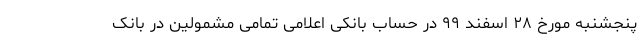
پنجشنبه مورخ ۲۸ اسفند ۹۹ در حساب بانکی اعلامی تمامی مشمولین در بانک